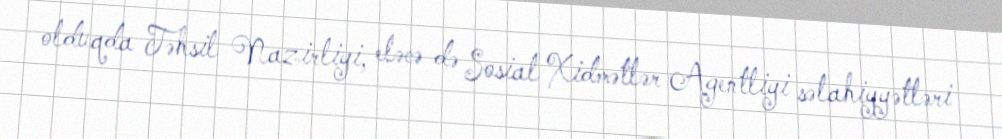
olduqda Təhsil Nazirliyi, eləcə də Sosial Xidmətlər Agentliyi səlahiyyətləri